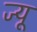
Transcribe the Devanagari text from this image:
ज्‍यू